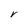
Character: V